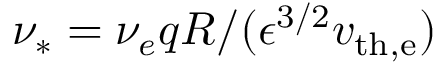
\nu _ { * } = \nu _ { e } q R / ( \epsilon ^ { 3 / 2 } v _ { \mathrm { t h , e } } )